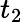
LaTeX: t_{2}